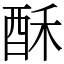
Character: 酥